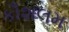
કૌશલમ